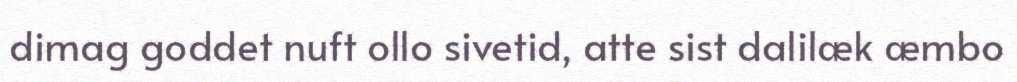
dimag goddet nuft ollo sivetid, atte sist dalilæk æmbo